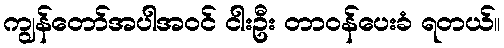
ကျွန်တော်အပါအဝင် ငါးဦး တာဝန်ပေးခံ ရတယ်။